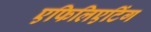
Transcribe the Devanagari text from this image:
एफिलिएटिंग